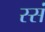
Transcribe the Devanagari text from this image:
स्सं